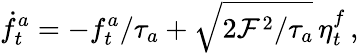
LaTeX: \dot{f}_{t}^{a}=-f_{t}^{a}/\tau_{a}+\sqrt{2\mathcal{F}^{2}/\tau_{a}}\, \eta_{t}^{f}\, ,